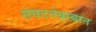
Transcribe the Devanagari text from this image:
संघटनेबाबात